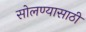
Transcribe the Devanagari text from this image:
सोलण्यासाठी